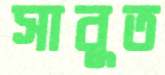
সাবুত